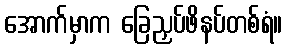
အောက်မှာက ခြေညှပ်ဖိနပ်တစ်ရံ။